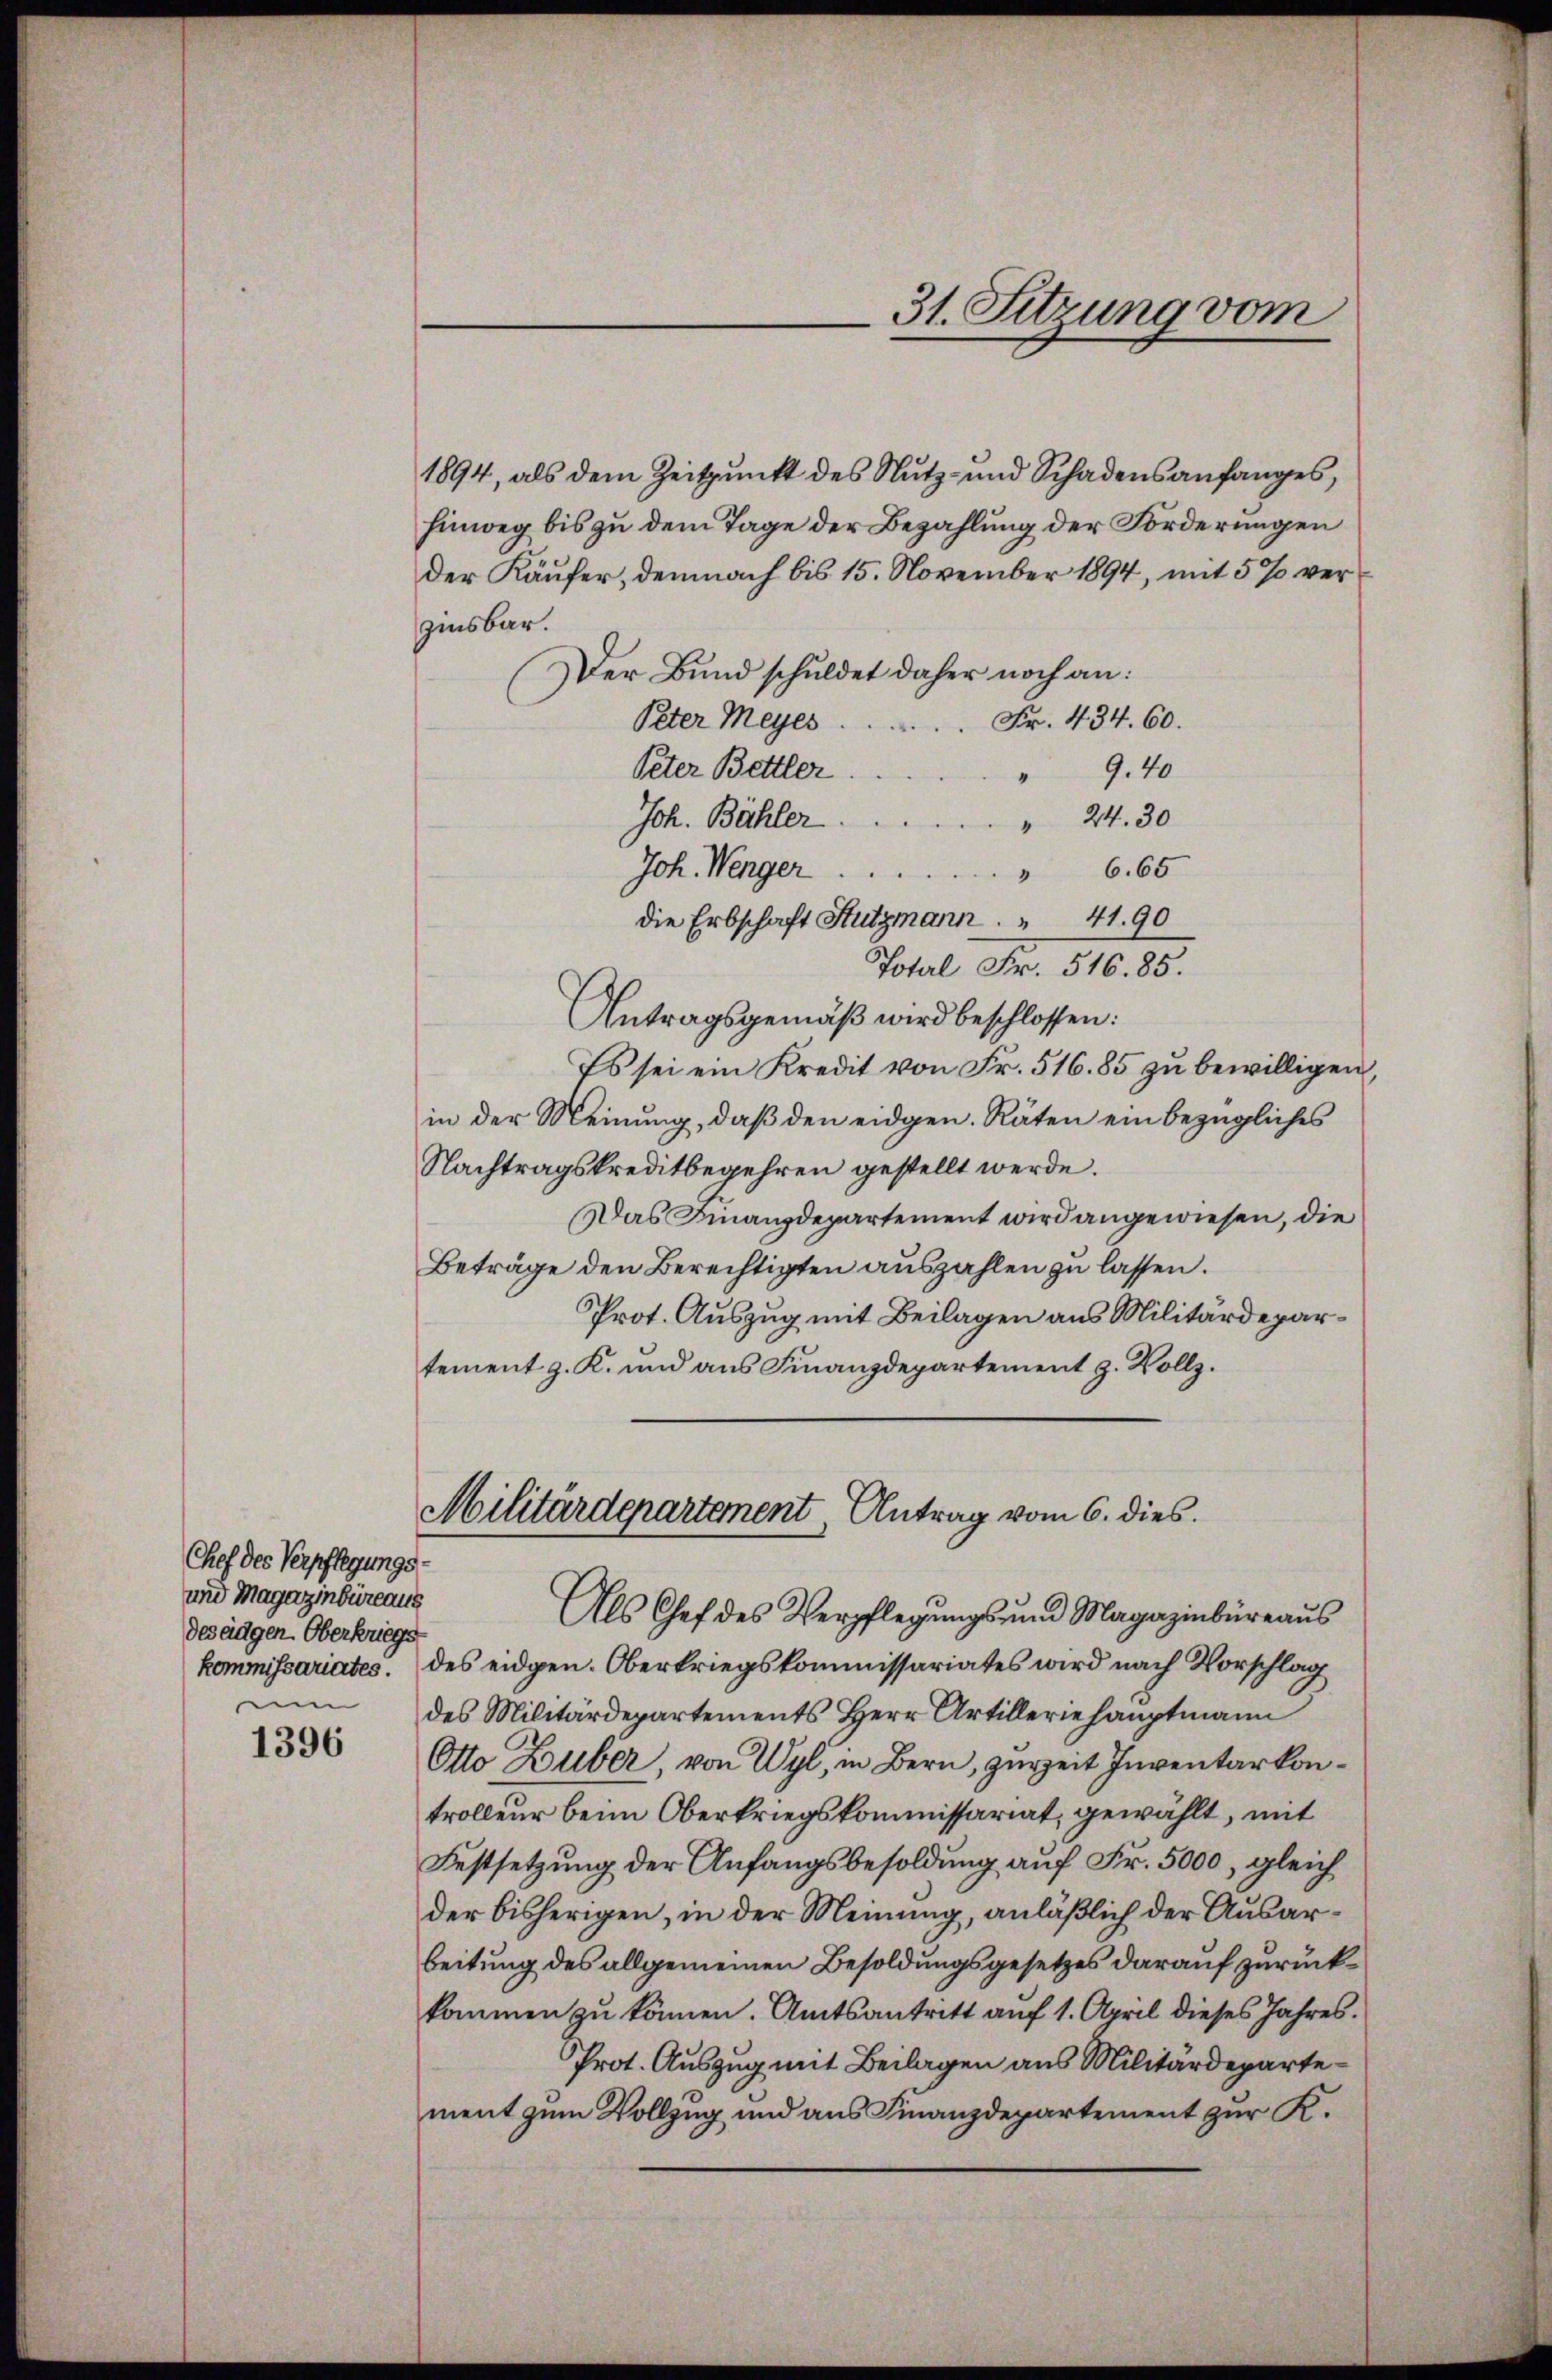
Chef des Verpflegungs-
und Magazinbüreaus
des eidgen. Oberkriegs
um

1396

1894, als dem Zeitpunkt des Nutz- und Schadensanfanges,
hinweg bis zu dem Tage der Bezahlung der Forderungen
der Käufer, demnach bis 15. November 1894, mit 5 % verzinsbar.
Der Bund schuldet daher noch an:
Fr. 434. 60.
Peter Meyes
Peter Bettler
9.40
Joh. Bähler
" 24. 30
Joh. Wenger
" 665
Total Fr. 516. 85.
Antragsgemäß wird beschlossen:
Es sei ein Kredit von Fr. 516. 85 zu bewilligen,
in der Meinung, daß den eidgen. Räten ein bezügliches
Nachtragskreditbegehren gestellt werde.
Das Finanzdepartement wird angewiesen, die
Beträge den Berechtigten auszahlen zu lassen.
Prot. Auszug mit Beilagen aus Militärdepartement z. K. und aus Finanzdepartement z. Vollz

31. Sitzung vom

die Erbschaft Hutzmann . . 41. 90

Militärdepartement Antrag vom 6. dies

Als Chef des Verpflegungs- und Magazinbüreaus
kommissariates. des eidgen. Oberkriegskommissariates wird nach Vorschlag
des Militärdepartements Herr Artilleriehauptmann
Otto Huber, von Wyl, in Bern, zurzeit Inventarkontrolleur beim Oberkriegskommissariat, gewählt, mit
Festsetzung der Anfangsbesoldung auf Fr. 5000, gleich
der bisherigen, in der Meinung, anläßlich der Ausarbeitung des allgemeinen Besoldungsgesetzes darauf zurückkommen zu können. Amtsantritt auf 1. April dieses Jahres¬
Prot. Auszug mit Beilagen aus Militärdepartement zum Vollzug und aus Finanzdepartement zur K.